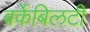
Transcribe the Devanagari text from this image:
बर्केबिलटी